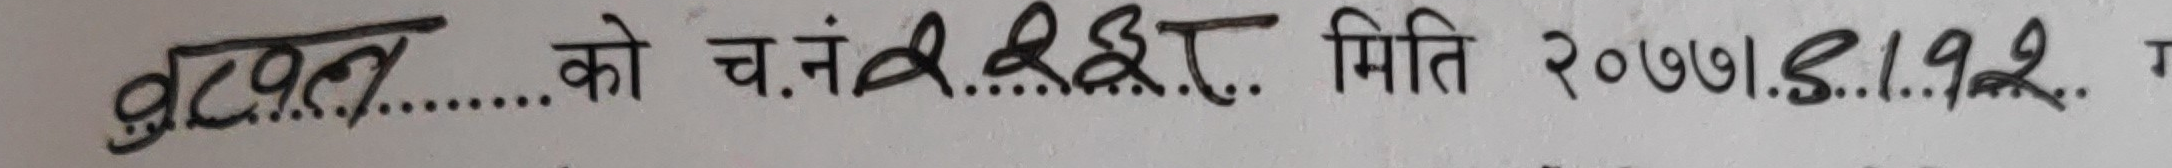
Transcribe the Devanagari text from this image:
दृष्टान्त .......... को च.नं .३३८ मिति २०७७।३।१२ गते